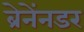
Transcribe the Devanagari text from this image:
ब्रेनेंनडर